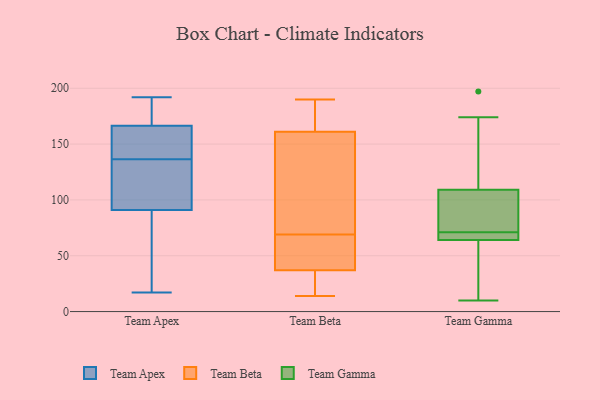
{"axis": {"x": "Website Visitors", "y": "Value"}, "legend": ["Team Apex", "Team Beta", "Team Gamma"], "data": [{"x": "", "y": 105, "type": "Team Apex"}, {"x": "", "y": 17, "type": "Team Apex"}, {"x": "", "y": 61, "type": "Team Apex"}, {"x": "", "y": 102, "type": "Team Apex"}, {"x": "", "y": 164, "type": "Team Apex"}, {"x": "", "y": 156, "type": "Team Apex"}, {"x": "", "y": 80, "type": "Team Apex"}, {"x": "", "y": 191, "type": "Team Apex"}, {"x": "", "y": 127, "type": "Team Apex"}, {"x": "", "y": 28, "type": "Team Apex"}, {"x": "", "y": 185, "type": "Team Apex"}, {"x": "", "y": 86, "type": "Team Apex"}, {"x": "", "y": 192, "type": "Team Apex"}, {"x": "", "y": 146, "type": "Team Apex"}, {"x": "", "y": 153, "type": "Team Apex"}, {"x": "", "y": 96, "type": "Team Apex"}, {"x": "", "y": 160, "type": "Team Apex"}, {"x": "", "y": 169, "type": "Team Apex"}, {"x": "", "y": 173, "type": "Team Apex"}, {"x": "", "y": 124, "type": "Team Apex"}, {"x": "", "y": 161, "type": "Team Beta"}, {"x": "", "y": 28, "type": "Team Beta"}, {"x": "", "y": 190, "type": "Team Beta"}, {"x": "", "y": 65, "type": "Team Beta"}, {"x": "", "y": 14, "type": "Team Beta"}, {"x": "", "y": 73, "type": "Team Beta"}, {"x": "", "y": 40, "type": "Team Beta"}, {"x": "", "y": 178, "type": "Team Beta"}, {"x": "", "y": 37, "type": "Team Beta"}, {"x": "", "y": 29, "type": "Team Beta"}, {"x": "", "y": 54, "type": "Team Beta"}, {"x": "", "y": 174, "type": "Team Beta"}, {"x": "", "y": 161, "type": "Team Beta"}, {"x": "", "y": 134, "type": "Team Beta"}, {"x": "", "y": 78, "type": "Team Gamma"}, {"x": "", "y": 72, "type": "Team Gamma"}, {"x": "", "y": 10, "type": "Team Gamma"}, {"x": "", "y": 53, "type": "Team Gamma"}, {"x": "", "y": 126, "type": "Team Gamma"}, {"x": "", "y": 64, "type": "Team Gamma"}, {"x": "", "y": 92, "type": "Team Gamma"}, {"x": "", "y": 174, "type": "Team Gamma"}, {"x": "", "y": 64, "type": "Team Gamma"}, {"x": "", "y": 197, "type": "Team Gamma"}, {"x": "", "y": 68, "type": "Team Gamma"}, {"x": "", "y": 70, "type": "Team Gamma"}]}